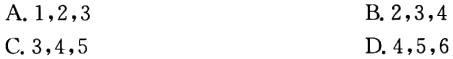
A. \(1,2,3\)
B. \(2,3,4\)
C. \(3,4,5\)
D. \(4,5,6\)